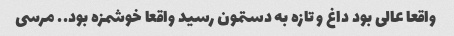
واقعا عالی بود داغ و تازه به دستمون رسید واقعا خوشمزه بود.. مرسی